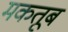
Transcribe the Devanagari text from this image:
मकतूब